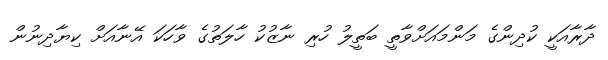
ދާރާއަކީ ކުދިންގެ މަންމައަށްވާތީ ބަތީލު ހުރި ނާޒުކު ހާލަތުގެ ވާހަކަ އޭނާއަށް ކިޔާދިނުން